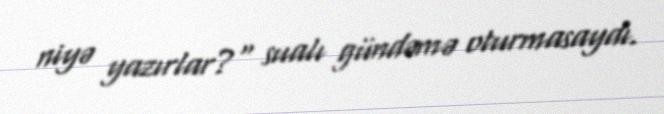
niyə yazırlar?“ sualı gündəmə oturmasaydı.